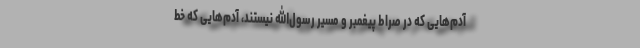
آدم‌هایی که در صراط پیغمبر و مسیر رسول‌الله نیستند، آدم‌هایی که خط